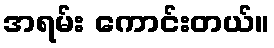
အရမ်း ကောင်းတယ်။